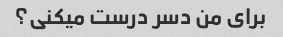
برای من دسر درست میکنی؟